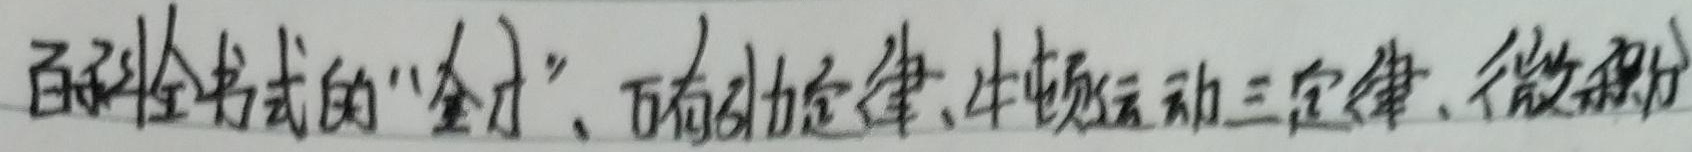
百科全书式的"全才"、万有引力定律、牛顿运动三定律、微积分